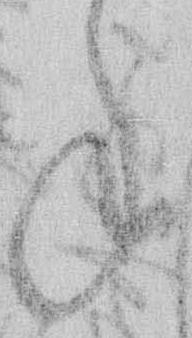
ね